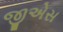
જીએસ